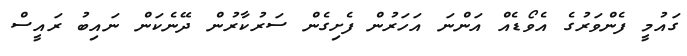
ގައުމީ ފެންވަރުގެ އެވޯޑެއް އަންނަ އަހަރުން ފެށިގެން ސަރުކާރުން ދޭނެކަން ނައިބު ރައީސް